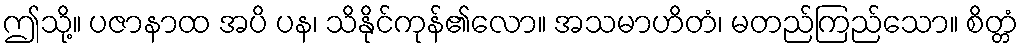
ဤသို့။ ပဇာနာထ အပိ ပန၊ သိနိုင်ကုန်၏လော။ အသမာဟိတံ၊ မတည်ကြည်သော။ စိတ္တံ